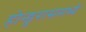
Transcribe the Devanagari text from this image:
होन्डुरासमध्ये